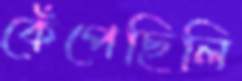
কেঁপেছিলি